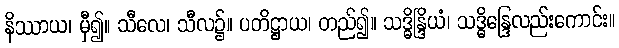
နိဿာယ၊ မှီ၍။ သီလေ၊ သီလ၌။ ပတိဋ္ဌာယ၊ တည်၍။ သဒ္ဓိန္ဒြိယံ၊ သဒ္ဓိန္ဒြေလည်းကောင်း။